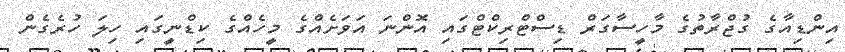
އިންޑިއާގެ ގުޖްރާތުގެ މާހީސާގަރް ޑިސްޓްރިކްޓްގައި އޮންނަ އަވަށެއްގެ މީހެއްގެ ކިޑްނީގައި ހިލަ ހުރެގެން